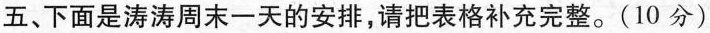
五、下面是涛涛周末一天的安排，请把表格补充完整。(10分)